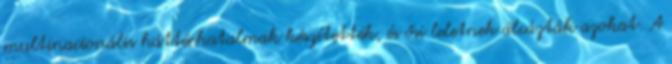
multinacionális háttérhatalmak készítették, és ősi leletnek álcázták azokat. A